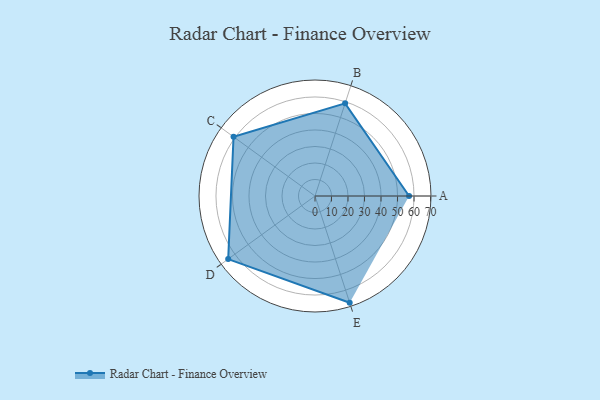
{"axis": {"x": "Skill", "y": "Score"}, "legend": ["Profile"], "data": [{"x": "A", "y": 57.0, "type": "Profile"}, {"x": "B", "y": 59.0, "type": "Profile"}, {"x": "C", "y": 61.0, "type": "Profile"}, {"x": "D", "y": 65.0, "type": "Profile"}, {"x": "E", "y": 68.0, "type": "Profile"}]}